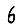
Digit: 6